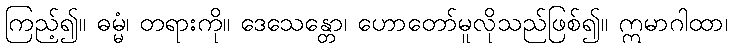
ကြည့်၍။ ဓမ္မံ၊ တရားကို။ ဒေသေန္တော၊ ဟောတော်မူလိုသည်ဖြစ်၍။ ဣမာဂါထာ၊